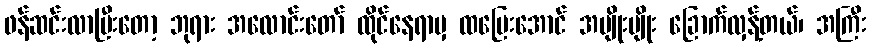
ဖန်ဆင်းလာပြီးတော့ ဘုရား အလောင်းတော် ထိုင်နေရာမှ ထပြေးအောင် အမျိုးမျိုး ခြောက်လှန့်တယ်၊ အကြီး